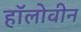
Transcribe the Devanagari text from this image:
हॉलोवीन